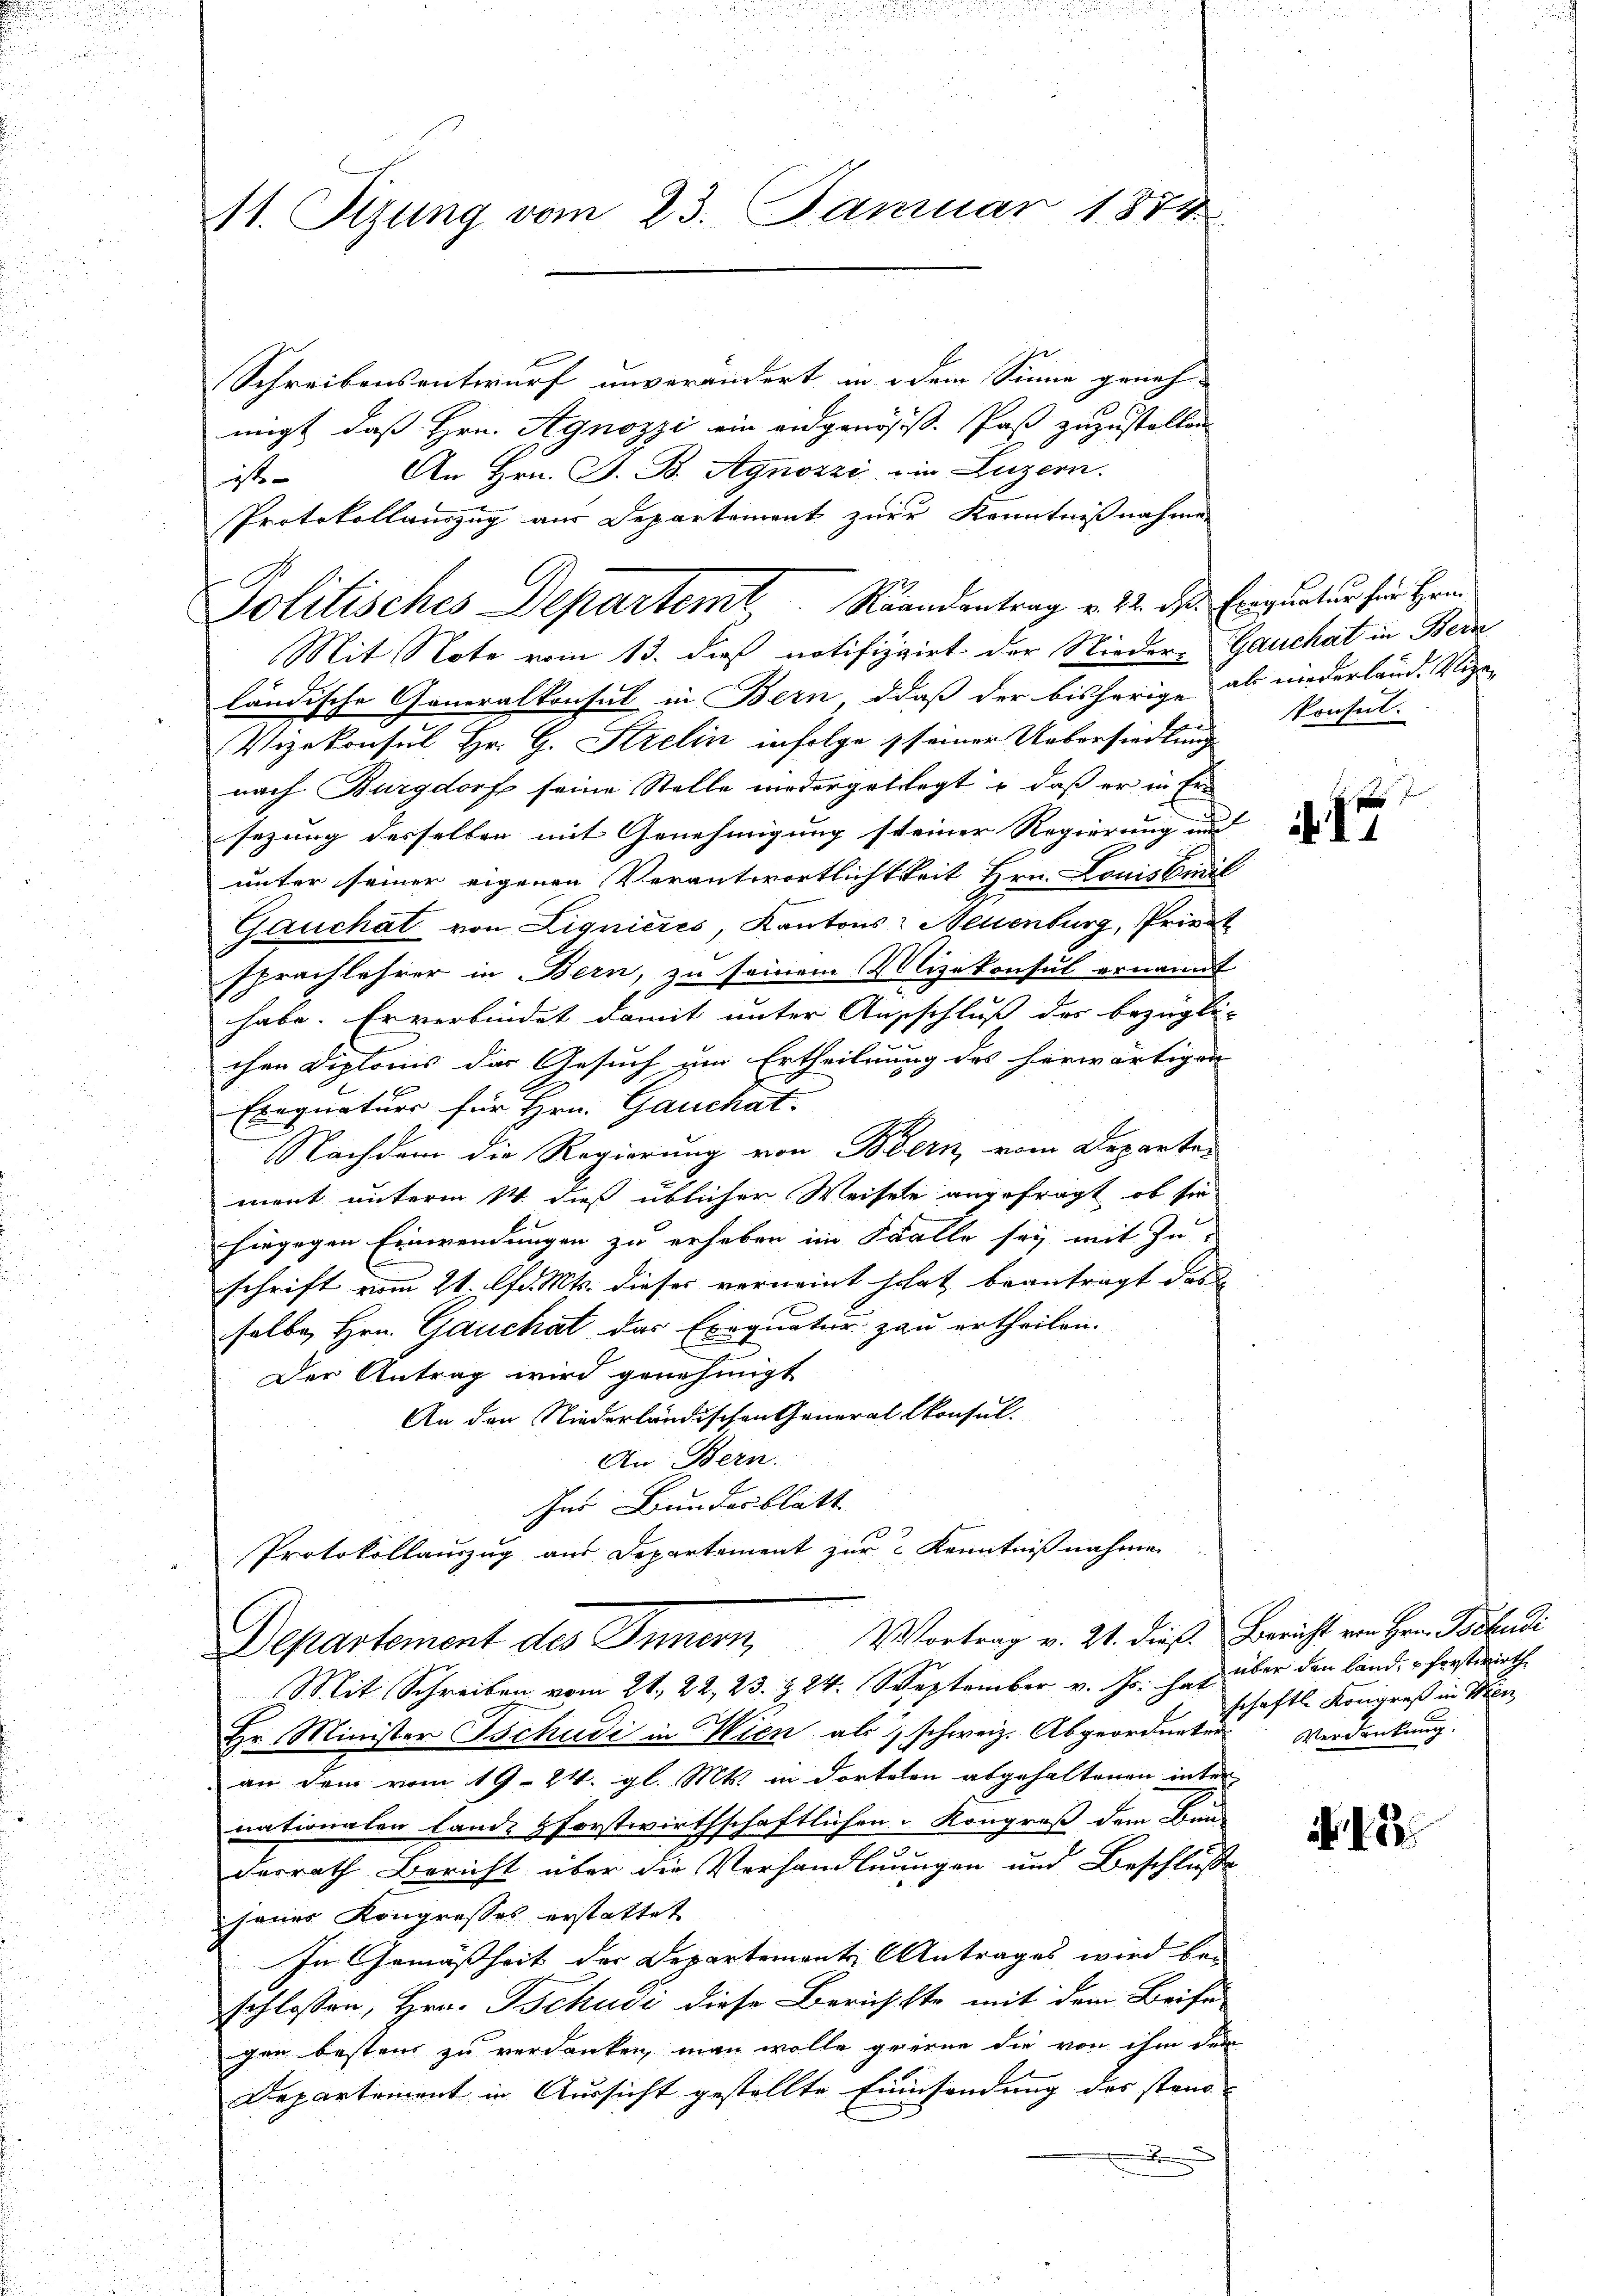
1. Sizung vom 23. Januar 1874

Schreibensentwurf unverändert in dem Sinne geneh- |
migt, daß Hrn. Agnozzi ein eidgenöss. Paß zuzustellen
An Hrn. F. B. Agnoszi, in Luzern.
ist
Protokollauszug aus Departement zur Kenntnißnahme
Mit Note vom 13. dieß notifizirt der Nieder-Gauchat in Bern
ländische Generalkonsul in Bern, daß der bisherige als niederland. Vige¬
Vizekonsul Hr. G. Strelin infolge seiner Uebersiedlung
nach Burgdorf seine Stelle wiedergelegt, daß er in Er
sezung desselben mit Genehmigung steiner Regierung und |
unter seiner eigenen Verantwortlichtkeit Hrn. Louisviril
Gauchat von Lignieres, Kantons Allenburg, Privat
sprachlehrer in Bern, zu seinem Mizekonsul ernannt
habe. Er verbindet damit unter Ausschluß der bezügli-
chen Diploms das Gesuch um Ertheilung des herwärtigen
Eregnaturs für Hrn. Gauchat.
Nachdem die Regierung von Bern vom Departen
ment unterm 14. dieß üblicher Weisele angefragt, ob sie
hingegen Einwendungen zu erhaben im Falle sey mit Zu-
schrift vom 21. d. Mts. dieser verneint hat beantragt das
selbe Hrn. Gauchat, das Exequatur zu ertheilen.
Der Antrag wird genehmigt
An den Niederländischen General-Consul-
An Bern.
er Bundesblatt
Protokollauszug aus Departement zur Kenntnißnahmen
Vortrag v. 21. dieß. Bericht von Hrn. Postudi
Departement des Innern,
Mit Schreiben vom 21. 22. 23. § 24. September v. Js. hat über den land, forstwirthe
Hr. Minister Tschudi in Wien als schweiz. Abgeordneten
an dem vom 19. 24. gl. Mts. in dortelen abgehaltenen inter
nationalen Lande forstwirthschaftlichen u. Kongroß dem Bund
derrath Bericht über die Verhandlungen und Beschluße
sener Kongresses erstattet
In Gemäßheit der Departements Antrages wird bei
schlossen, Hrn. Tschudi diese Berichtte mit dem Beise
gen bestens zu verdanken, man wolle gerne die von ihm dem
Departement in Aussicht gestellte Einsendung des stand
.

Politisches Departemt Raandantrag v. 22. die Einquatur für Hein

konsul

2 x
 11

schaftl. Kongreß in Sen
Verdankung.

. 2